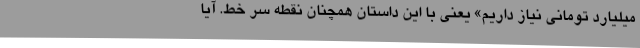
میلیارد تومانی نیاز داریم» یعنی با این داستان همچنان نقطه سر خط. آیا